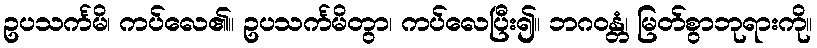
ဥပသင်္ကမိ၊ ကပ်လေ၏။ ဥပသင်္ကမိတွာ၊ ကပ်လေပြီး၍။ ဘဂဝန္တံ၊ မြတ်စွာဘုရားကို။